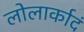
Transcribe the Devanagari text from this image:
लोलार्कादं